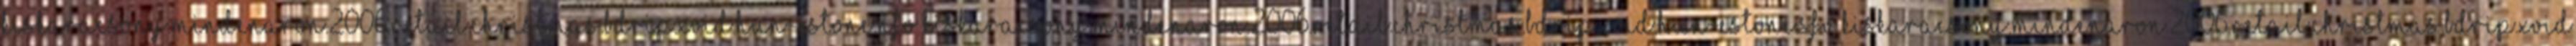
Kiskaracsony.Mindenaron.2006.Retail.Christmas.BDRip.XviD.Hun-eStone.nfo Kiskaracsony.Mindenaron.2006.Retail.Christmas.BDRip.XviD.Hun-eStone.sfv Kiskaracsony.Mindenaron.2006.Retail.Christmas.BDRip.XviD